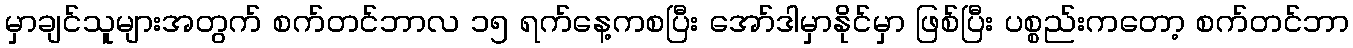
မှာချင်သူများအတွက် စက်တင်ဘာလ ၁၅ ရက်နေ့ကစပြီး အော်ဒါမှာနိုင်မှာ ဖြစ်ပြီး ပစ္စည်းကတော့ စက်တင်ဘာ